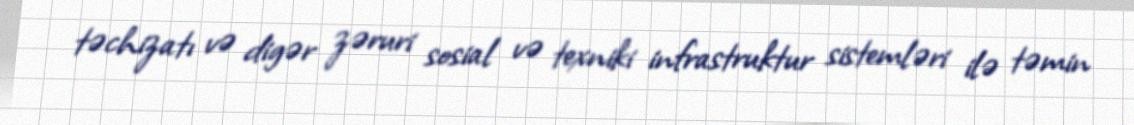
təchizatı və digər zəruri sosial və texniki infrastruktur sistemləri ilə təmin